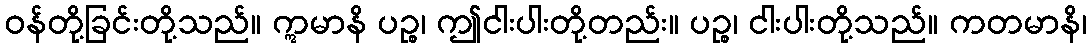
ဝန်တို့ခြင်းတို့သည်။ ဣမာနိ ပဉ္စ၊ ဤငါးပါးတို့တည်း။ ပဉ္စ၊ ငါးပါးတို့သည်။ ကတမာနိ၊